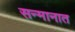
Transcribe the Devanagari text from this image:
सन्मानात